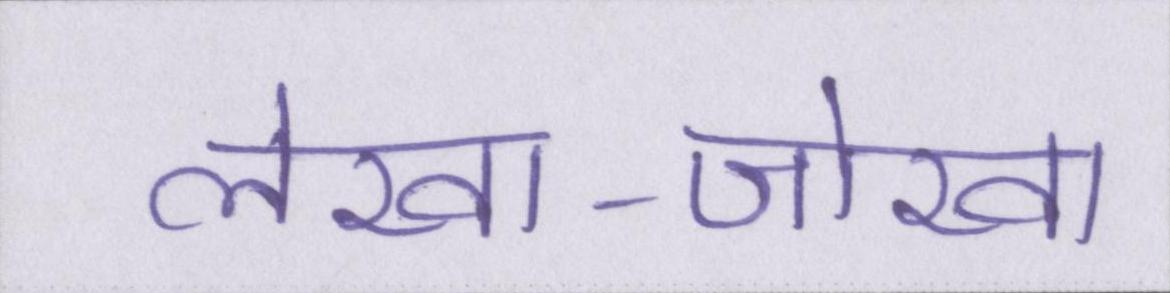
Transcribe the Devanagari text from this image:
लेखा-जोखा